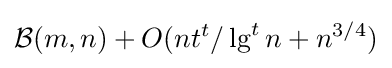
{\mathcal {B}}(m,n)+O(nt^{t}/\lg ^{t}n+n^{3/4})